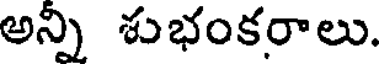
అన్ని శుభంకరాలు.